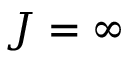
J = \infty